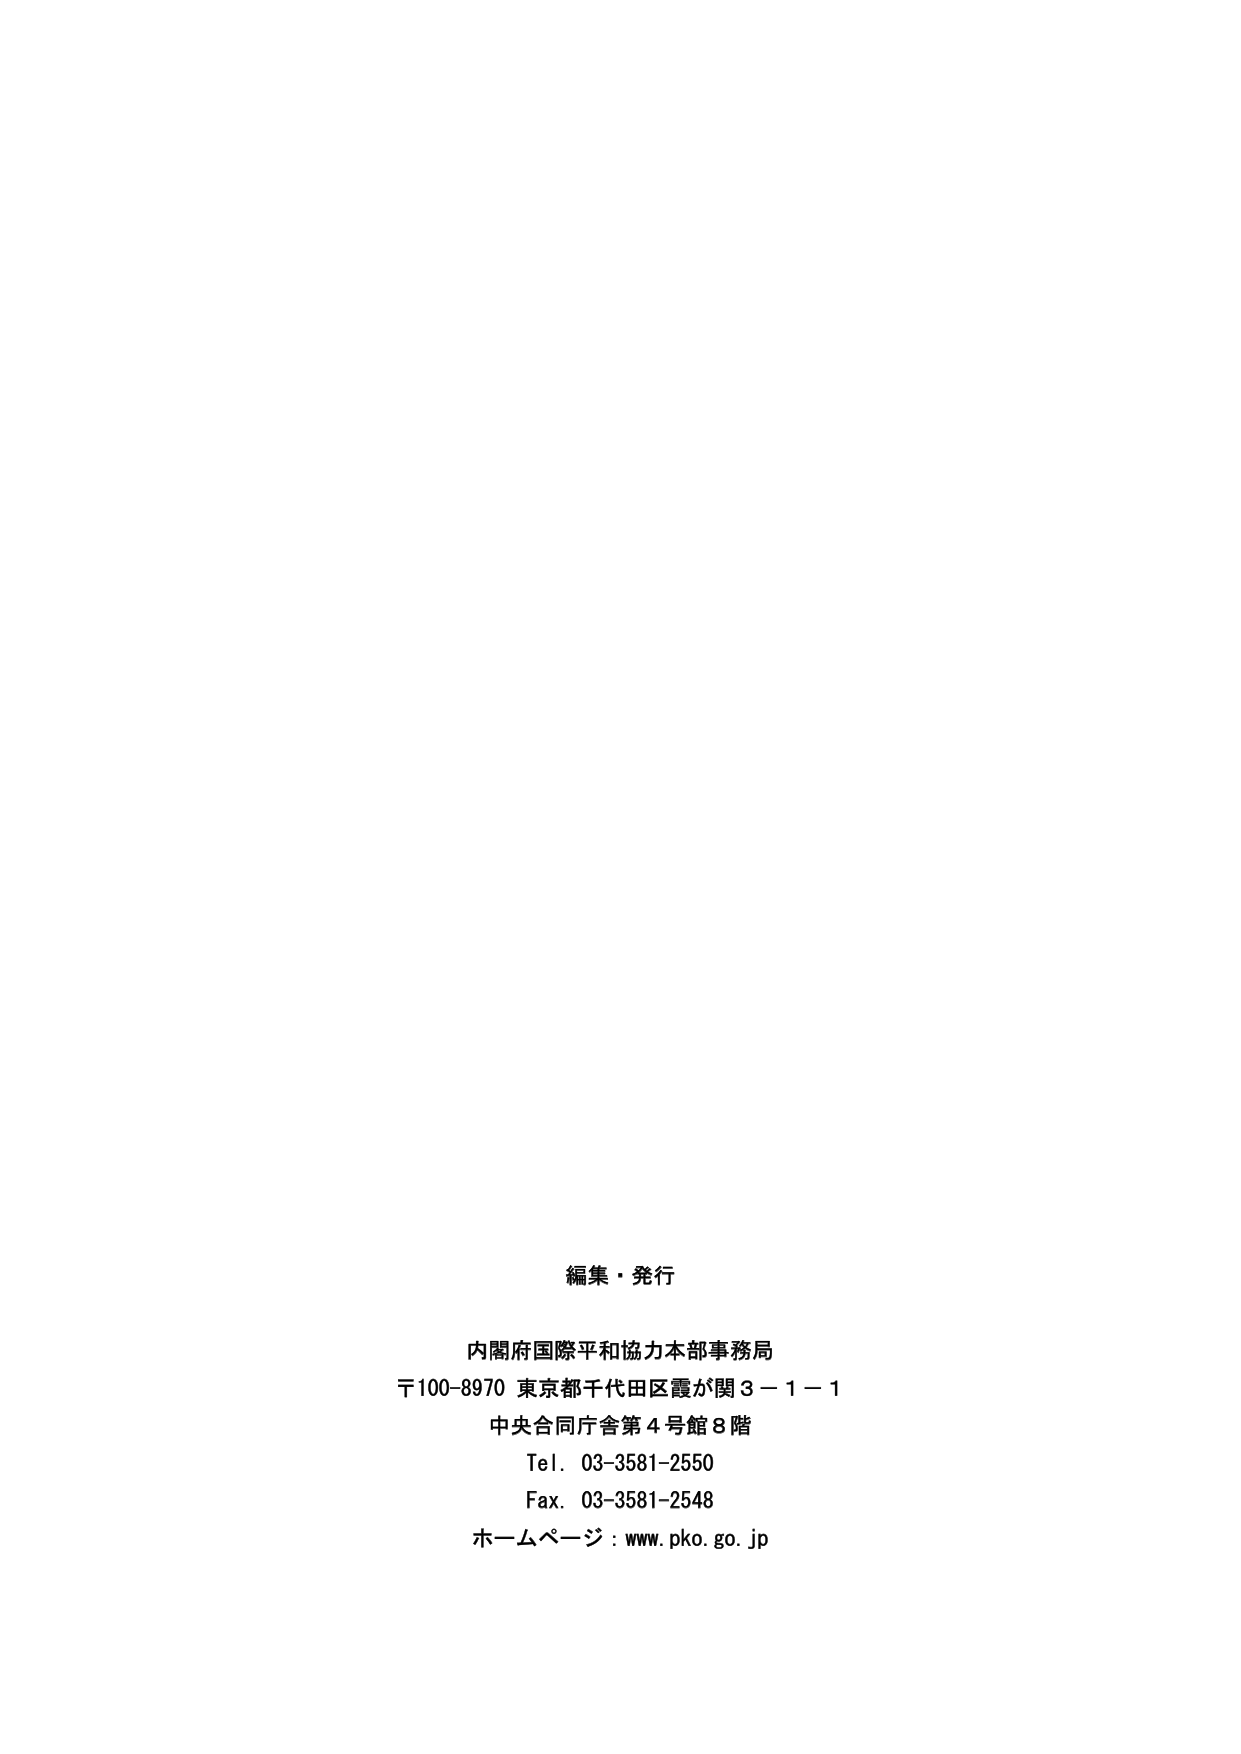
編集・発行

内閣府国際平和協力本部事務局
〒100-8970 東京都千代田区霞が関3－1－1
中央合同庁舎第4号館8階
Tel. 03-3581-2550
Fax. 03-3581-2548
ホームページ：www.pko.go.jp